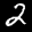
Label: 2